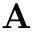
\mathbf { A }